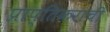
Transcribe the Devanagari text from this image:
प्राप्तिकराची